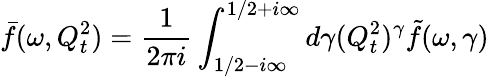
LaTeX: \bar{f}(\omega,Q_{t}^{2})={\frac{1}{2\pi i}}\int_{1/2-i\infty}^{1/2+i\infty}d\gamma(Q_{t}^{2})^{\gamma}\tilde{f}(\omega,\gamma)